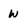
Character: W